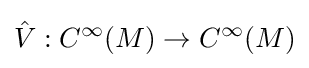
{\hat {V}}:C^{\infty }(M)\to C^{\infty }(M)